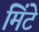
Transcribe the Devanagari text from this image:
मिंटे